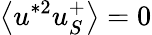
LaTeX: \left<u^{*2}u_{S}^{+}\right>=0